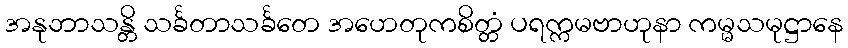
အနုဘာသန္တိ သင်္ခတာသင်္ခတေ အဟေတုကစိတ္တံ ပရက္ကမဗာဟုနာ ကမ္မသမုဋ္ဌာနေ